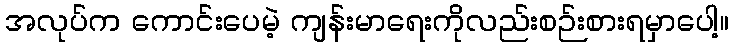
အလုပ်က ကောင်းပေမဲ့ ကျန်းမာရေးကိုလည်းစဉ်းစားရမှာပေါ့။